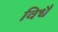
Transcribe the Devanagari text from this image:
विधै